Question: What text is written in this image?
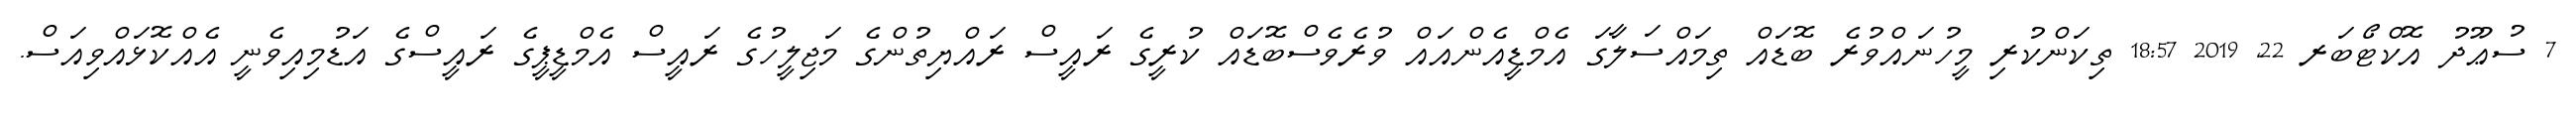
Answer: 7 ސުޢޫދު އޮކްޓޯބަރ 22, 2019 18:57 ތިކަންކުރި މީހުނައްވުރެ ބޮޑައް ތިމައްސަލާގަ އެމްޑީއެންއައް ވުރެވެސްބޮޑައް ކުރީގެ ރައީސް ރައްޔިތުންގެ މަޖިލީހުގެ ރައީސް އެމްޑީޕީގެ ރައީސްގެ އަޑުމިއިވެނީ އެއްކޮޅައްވިއަސް.